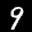
Label: 9